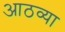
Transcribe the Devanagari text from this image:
आठव्‍या